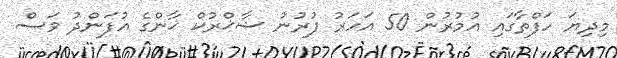
މިދިޔަ ހަފްތާގައި އުމުރުން 50 އަހަރު ފުރުނު ޝާޚްރުކް ޚާންގެ އުފަންދު ވަސް